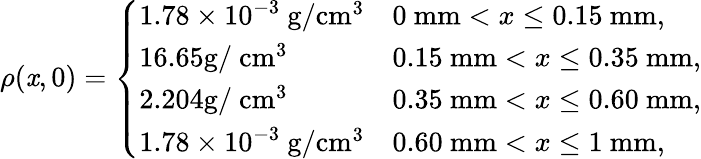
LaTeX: \rho(\mathit{x},0)=\left\{ \begin{array}{ll}{1.78\times 10^{-3}~\mathrm{g}/\mathrm{cm}^{3}}&{0~\mathrm{mm}<x\leq 0.15~\mathrm{mm},}\\ {16.65\mathrm{g}/~\mathrm{cm}^{3}}&{0.15~\mathrm{mm}<x\leq 0.35~\mathrm{mm},}\\ {2.204\mathrm{g}/~\mathrm{cm}^{3}}&{0.35~\mathrm{mm}<x\leq 0.60~\mathrm{mm},}\\ {1.78\times 10^{-3}~\mathrm{g}/\mathrm{cm}^{3}}&{0.60~\mathrm{mm}<x\leq 1~\mathrm{mm},}\end{array}\right.